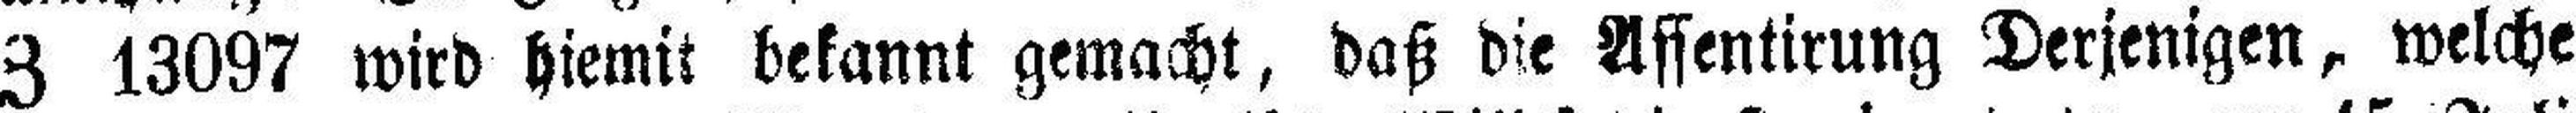
Z 13097 wird hiemit bekannt gemacht, daß die Assentirung Derjenigen, welche